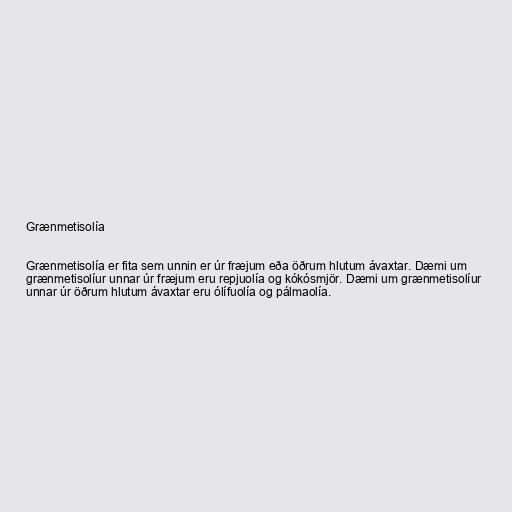
Grænmetisolía

Grænmetisolía er fita sem unnin er úr fræjum eða öðrum hlutum ávaxtar. Dæmi um
grænmetisolíur unnar úr fræjum eru repjuolía og kókósmjör. Dæmi um grænmetisolíur
unnar úr öðrum hlutum ávaxtar eru ólífuolía og pálmaolía.